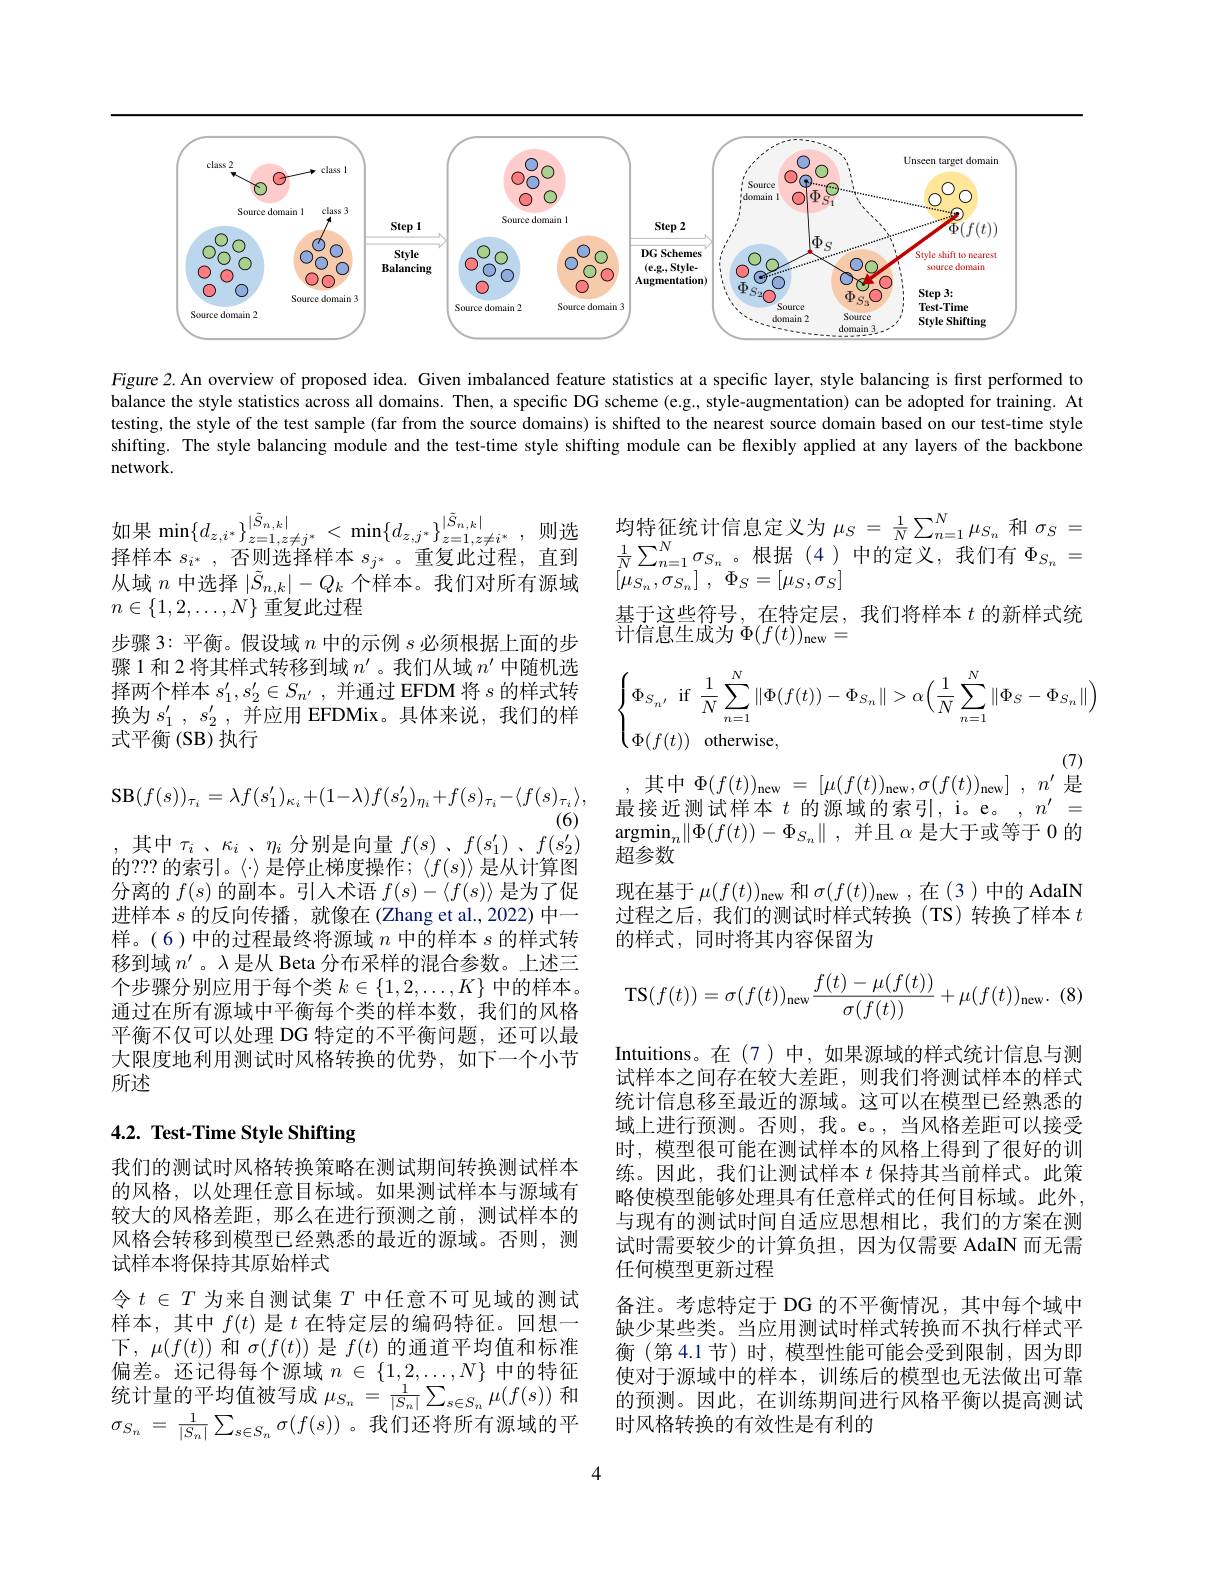
<FigureHere>

Figure 2. An overview of proposed idea. Given imbalanced feature statistics at a specific layer, style balancing is first performed to balance the style statistics across all domains. Then, a specific DG scheme (e.g, style-augmentation) can be adopted for training. At testing, the style of the test sample (far from the source domains) is shifted to the nearest source domain based on our test-time style shifting. The style balancing module and the test-time style shifting module can be flexibly applied at any layers of the backbone network.

均特征统计信息定义为$\mu_S=\frac1N\sum_{n=1}^N\mu_{S_n}$和$\sigma_S=$ $\frac{1}{N}\sum_{n=1}^{N}\sigma_{S_{n}}$。根据(4)中的定义，我们有$\Phi_S_n=$ $[ \mu _{S_{n}}, \sigma _{S_{n}}]$ , $\Phi _{S}= [ \mu _{S}, \sigma _{S}]$
基于这些符号，在特定层，我们将样本$t$的新样式统
${\text{计信息生成为}}\Phi({\overline{f}}(t))_{\mathrm{new}}=$
$$\begin{cases}\Phi_{S_n'}\:\text{if}\:\dfrac{1}{N}\sum\limits_{n=1}^N\|\Phi(f(t))-\Phi_{S_n}\|>\alpha\Big(\dfrac{1}{N}\sum\limits_{n=1}^N\|\Phi_S-\Phi_{S_n}\|\Big)\\[2ex]\Phi(f(t))\:\text{otherwise},\end{cases}$$
$\begin{array}{rcl},&\text{其中}\Phi(f(t))_{\mathrm{new}}=[\mu(f(t))_{\mathrm{new}},\sigma(f(t))_{\mathrm{new}}]&,&n^{\prime}&\text{是}\\\text{最接近测试样本}t&\text{的源域的索引},&\text{i。e。},&n^{\prime}&=\end{array}$

如果$\operatorname*{min}\{d_{z,i^*}\}_{z=1,z\neq j^*}^{|\tilde{S}_{n,k}|}<\operatorname*{min}\{d_{z,j^*}\}_{z=1,z\neq i^*}^{|\tilde{S}_{n,k}|}$,则进择样本$s_{i^*}$ , 否则选择样本$s_j^*$ 。重复此过程，直到从域$n$中选择$|\tilde{S}_{n,k}|-Q_k$个样本。我们对所有源域$n\in\{1,2,\ldots,N\}$重复此过程
步骤 3: 平衡。假设域$n$中的示例$s$必须根据上面的步骤 1 和 2 将其样式转移到域$n^\prime$。我们从域$n^{\prime}$中随机选择两个样本$s_1^{\prime }, s_2^{\prime }\in S_{n^{\prime }}$ ,并通过 EFDM 将$s$的样式转换为$s_1^{\prime},s_2^{\prime}$,并应用 EFDMix。具体来说，我们的样式平衡(SB)执行
$$\mathbf{SB}(f(s))_{\tau_{i}}=\lambda f(s_{1}^{\prime})_{\kappa_{i}}+(1-\lambda)f(s_{2}^{\prime})_{\eta_{i}}+f(s)_{\tau_{i}}-\langle f(s)_{\tau_{i}}\rangle $$
(6)
,其中$\tau _i$ $、 \kappa _i$ $、 \eta _i$ 分别是向量$f( s)$ , $f( s_1^{\prime })$ , $f( s_2^{\prime })$ 的？?? 的索引。〈·〉是停止梯度操作；〈$f(s)$〉是从计算图分离的$f(s)$的副本。引入术语$f(s)-\langle f(s)\rangle$是为了促进样本$s$的反向传播，就像在(Zhang et al., 2022) 中一样。(6)中的过程最终将源域$n$中的样本$s$的样式转移到域$n^{\prime}$ 。入是从 Beta 分布采样的混合参数。上述三个步骤分别应用于每个类$k\in\{1,2,\ldots,K\}$中的样本。通过在所有源域中平衡每个类的样本数，我们的风格平衡不仅可以处理 DG 特定的不平衡问题，还可以最大限度地利用测试时风格转换的优势，如下一个小节所述

$\underset {+ \square \oplus {\mathcal{M} }}{\operatorname* { \operatorname* { \operatorname* { argmin} } } }_{n}\| \Phi ( f( t) ) - \Phi _{S_{n}}\|$ ,并且$\alpha$是大于或等于0的
超参数
现在基于$\mu(f(t))_\mathrm{new}$和$\sigma(f(t))_\mathrm{new}$,在 (3)中的 AdaIN 过程之后，我们的测试时样式转换(TS)转换了样本$t$ 的样式，同时将其内容保留为
$$\mathrm{TS}(f(t))=\sigma(f(t))_{\mathrm{new}}\frac{f(t)-\mu(f(t))}{\sigma(f(t))}+\mu(f(t))_{\mathrm{new}}.\:(8)$$
Intuitions。在(7)中，如果源域的样式统计信息与测试样本之间存在较大差距，则我们将测试样本的样式统计信息移至最近的源域。这可以在模型已经熟悉的域上进行预测。否则，我。e。,当风格差距可以接受时，模型很可能在测试样本的风格上得到了很好的训练。因此，我们让测试样本$t$保持其当前样式。此策略使模型能够处理具有任意样式的任何目标域。此外， 与现有的测试时间自适应思想相比，我们的方案在测试时需要较少的计算负担，因为仅需要 AdaIN 而无需任何模型更新过程
备注。考虑特定于 DG 的不平衡情况，其中每个域中缺少某些类。当应用测试时样式转换而不执行样式平衡(第4.1节)时，模型性能可能会受到限制，因为即使对于源域中的样本，训练后的模型也无法做出可靠的预测。因此，在训练期间进行风格平衡以提高测试时风格转换的有效性是有利的

# 4.2. Test-Time Style Shifting

我们的测试时风格转换策略在测试期间转换测试样本的风格，以处理任意目标域。如果测试样本与源域有较大的风格差距，那么在进行预测之前，测试样本的风格会转移到模型已经熟悉的最近的源域。否则，测试样本将保持其原始样式
令$t\in T$为来自测试集$T$中任意不可见域的测试样本，其中$f(t)$是$t$在特定层的编码特征。回想一下，$\mu(f(t))$和$\sigma(f(t))$是$f(t)$的通道平均值和标准偏差。还记得每个源域$n\in\{1,2,\ldots,N\}$中的特征统计量的平均值被写成$\mu_S_n=\frac1{|S_n|}\sum_{s\in S_n}\mu(f(s))$和$\sigma _{S_n}$ = $\frac 1{| S_n| }\sum _{s\in S_n}$ $\sigma ( f( s) )$。我们还将所有源域的平